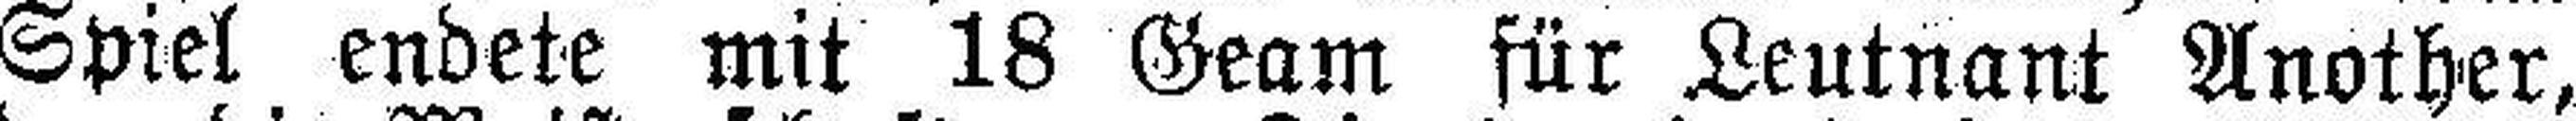
Spiel endete mit 18 Geam für Leutnant Another,